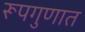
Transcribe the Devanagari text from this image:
रूपगुणात